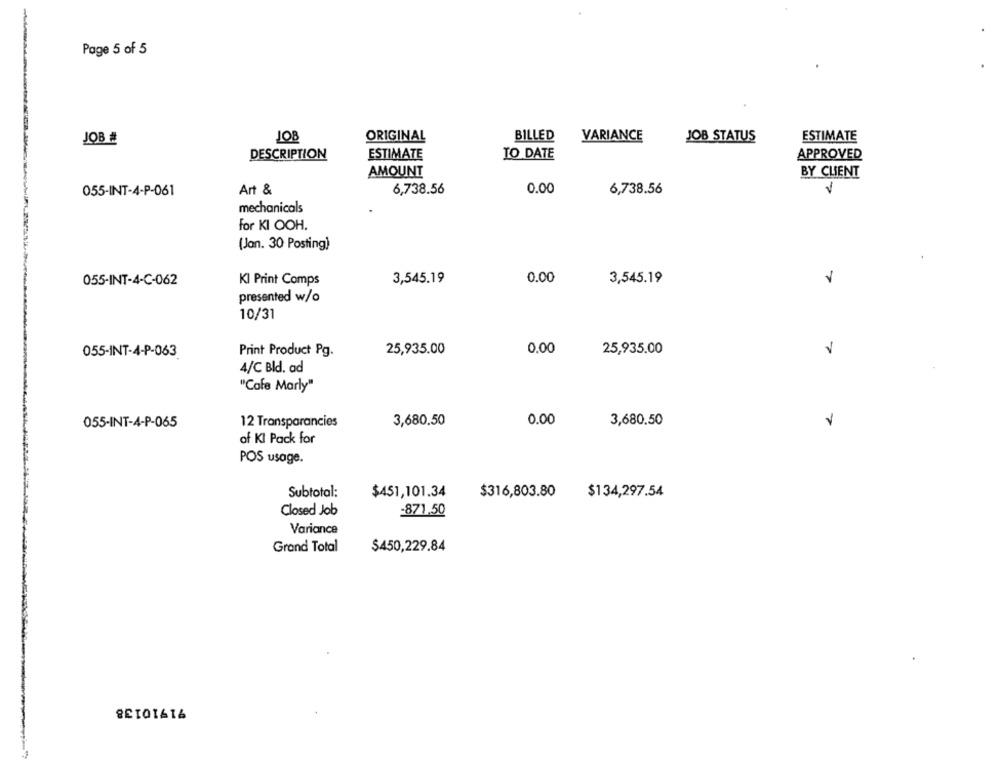
Page 5 of 5
JOB
ORIGINAL
BILLED
VARIANCE
ESTIMATE
JOB #
JOB STATUS
DESCRIPTION
ESTIMATE
TO DATE
APPROVED
AMOUNT
BY CLIENT
Art &
6,738.56
0.00
6,738.56
V
055-INT-4-P-061
mechanicals
For KI OOH.
(Jan. 30 Posting)
055-INT-4-C-062
KI Print Comps
3,545.19
0.00
3,545.19
presented w/o
10/31
25,935.00
0.00
25,935.00
V
055-INT-4-P-063
Print Product Pg.
4/C Bld. ad
"Cafe Marly"
055-INT-4-P-065
12 Transparancies
3,680.50
0.00
3,680.50
of KI Pack for
POS usage.
Subtotal:
$451,101.34
$316,803.80
$134,297.54
Closed Job
-871.50
Variance
Grand Total
$450,229.84